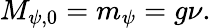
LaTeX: M_{\psi,0}=m_{\psi}=g\nu.